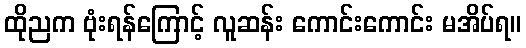
ထိုညက ဗုံးရန်ကြောင့် လူဆန်း ကောင်းကောင်း မအိပ်ရ။